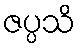
ဇပ္ပသိ